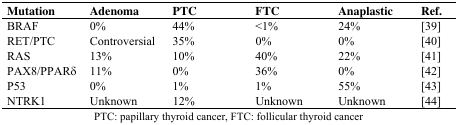
<table><thead><tr><td><b>Mutation</b></td><td><b>Adenoma</b></td><td><b>PTC</b></td><td><b>FTC</b></td><td><b>Anaplastic</b></td><td><b>Ref.</b></td></tr></thead><tbody><tr><td>BRAF</td><td>0%</td><td>44%</td><td>&lt;1%</td><td>24%</td><td>[39]</td></tr><tr><td>RET/PTC</td><td>Controversial</td><td>35%</td><td>0%</td><td>0%</td><td>[40]</td></tr><tr><td>RAS</td><td>13%</td><td>10%</td><td>40%</td><td>22%</td><td>[41]</td></tr><tr><td>PAX8/PPARδ</td><td>11%</td><td>0%</td><td>36%</td><td>0%</td><td>[42]</td></tr><tr><td>P53</td><td>0%</td><td>1%</td><td>1%</td><td>55%</td><td>[43]</td></tr><tr><td>NTRK1</td><td>Unknown</td><td>12%</td><td>Unknown</td><td>Unknown</td><td>[44]</td></tr><tr><td colspan="6">PTC: papillary thyroid cancer, FTC: follicular thyroid cancer</td></tr></tbody></table>